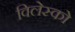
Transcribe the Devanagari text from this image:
विलेस्को